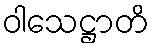
ဝါသေဋ္ဌာတိ